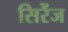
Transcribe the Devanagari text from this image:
सिरेंज